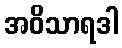
အဝိသာရဒါ